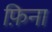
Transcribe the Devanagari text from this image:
फ़िना